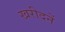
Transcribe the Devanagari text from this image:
खरीदनें